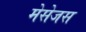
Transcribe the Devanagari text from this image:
मेसेजस